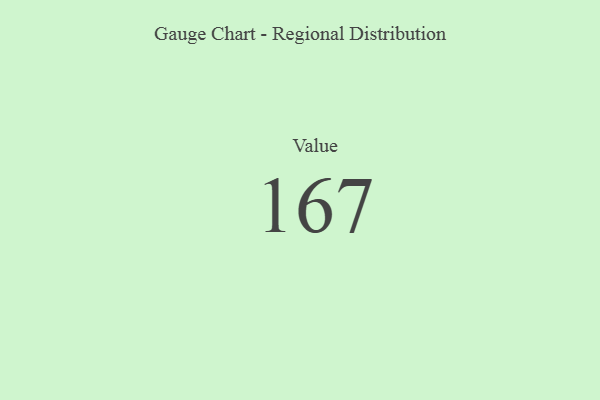
{"axis": {"x": "Metric", "y": "Value"}, "legend": [""], "data": [{"x": "Value", "y": 167, "type": ""}]}